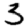
Digit: 3